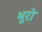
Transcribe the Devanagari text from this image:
भूरो